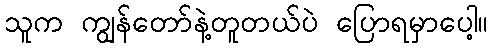
သူက ကျွန်တော်နဲ့တူတယ်ပဲ ပြောရမှာပေါ့။